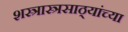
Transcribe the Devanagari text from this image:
शस्त्रास्त्रसाठ्यांच्या